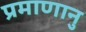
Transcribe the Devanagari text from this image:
प्रमाणानु